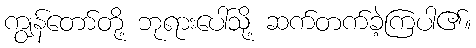
ကျွန်တော်တို့ ဘုရားပေါ်သို့ ဆက်တက်ခဲ့ကြပါ၏။